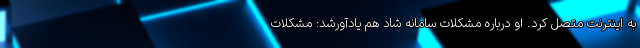
به اینترنت متصل کرد. او درباره مشکلات سامانه شاد هم یادآورشد: مشکلات